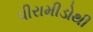
પીરામીડોથી